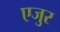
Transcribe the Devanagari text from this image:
एजुर